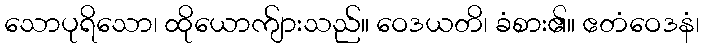
သောပုရိသော၊ ထိုယောက်ျားသည်။ ဝေဒယတိ၊ ခံစား၏။ ဧတံဝေဒနံ၊